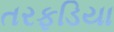
તરફડિયા